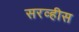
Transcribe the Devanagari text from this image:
सरव्हीस